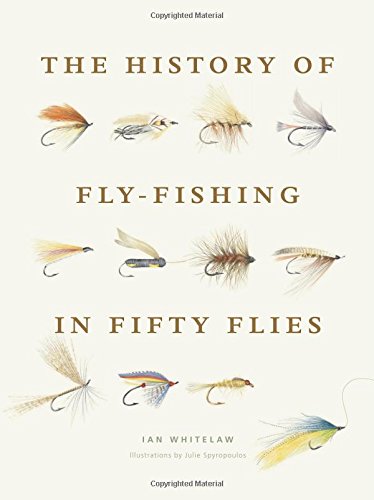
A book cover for History of Fly-Fishing in Fifty Flies; Ian Whitelaw; Sports & Outdoors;